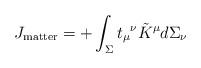
LaTeX: \begin{align*}J_{\rm matter} = + \int_\Sigma t_\mu{}^\nu \tilde K^\mu d\Sigma_\nu\end{align*}